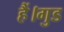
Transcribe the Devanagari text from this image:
हैं।गुड